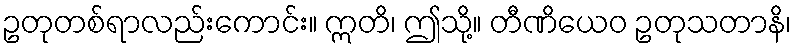
ဥတုတစ်ရာလည်းကောင်း။ ဣတိ၊ ဤသို့။ တီဏိယေဝ ဥတုသတာနိ၊